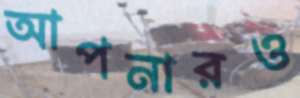
আপনারও